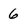
Character: 6